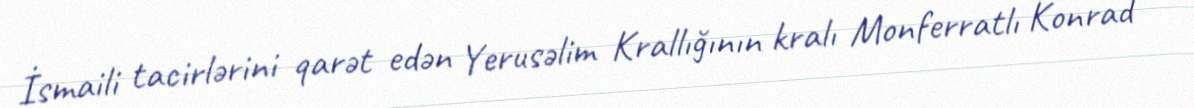
İsmaili tacirlərini qarət edən Yerusəlim Krallığının kralı Monferratlı Konrad